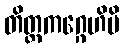
တိတ္တကဂ္ဂေဟိပိ